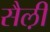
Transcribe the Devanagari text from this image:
सैल़ी